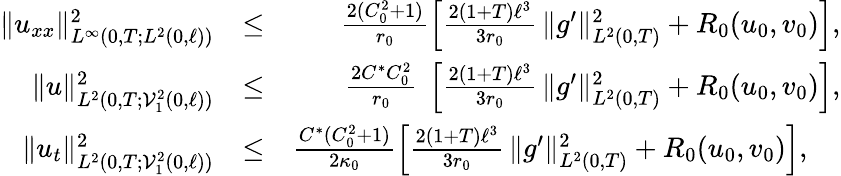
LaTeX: \begin{array}{rlr}{\Vert u_{xx}\Vert_{L^{\infty}(0,T;L^{2}(0,\ell))}^{2}}&{\leq}&{\frac{2(C_{0}^{2}+1)}{r_{0}}\left[\frac{2(1+T)\ell^{3}}{3r_{0}}\, \Vert g^{\prime}\Vert_{L^{2}(0,T)}^{2}+R_{0}(u_{0},v_{0})\right],}\\ {\Vert u\Vert_{L^{2}(0,T;\mathcal{V}_{1}^{2}(0,\ell))}^{2}}&{\leq}&{\frac{2C^{\ast}C_{0}^{2}}{r_{0}}\ \left[\frac{2(1+T)\ell^{3}}{3r_{0}}\, \Vert g^{\prime}\Vert_{L^{2}(0,T)}^{2}+R_{0}(u_{0},v_{0})\right],}\\ {\Vert u_{t}\Vert_{L^{2}(0,T;\mathcal{V}_{1}^{2}(0,\ell))}^{2}}&{\leq}&{\frac{C^{\ast}(C_{0}^{2}+1)}{2\kappa_{0}}\left[\frac{2(1+T)\ell^{3}}{3r_{0}}\, \Vert g^{\prime}\Vert_{L^{2}(0,T)}^{2}+R_{0}(u_{0},v_{0})\right],~~~~}\end{array}